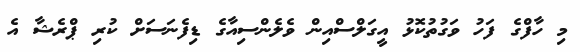
މި ހާފްގެ ފަހު ވަގުތުކޮޅު އީގަލްސްއިން ވެލެންސިއާގެ ޑިފެނަސަށް ކުރި ޕްރެޝާ އެ